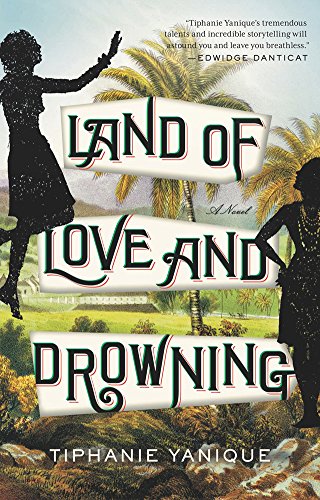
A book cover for Land of Love and Drowning: A Novel; Tiphanie Yanique; Literature & Fiction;